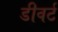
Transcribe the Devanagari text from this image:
डीवर्ट